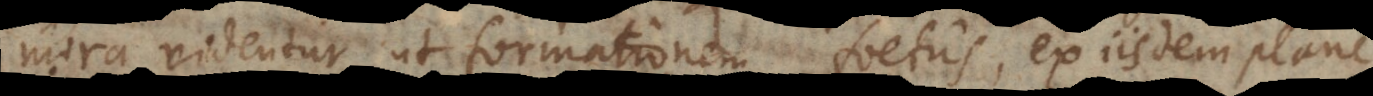
mira videntur ut formationem foetus, ex iisdem plane